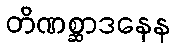
တိဏစ္ဆာဒနေန